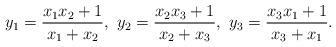
LaTeX: \begin{align*} y_1 = \frac{x_1x_2+1}{x_1+x_2},\ y_2 = \frac{x_2x_3+1}{x_2+x_3},\ y_3 = \frac{x_3x_1+1}{x_3+x_1}. \end{align*}